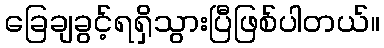
ခြေချခွင့်ရရှိသွားပြီဖြစ်ပါတယ်။